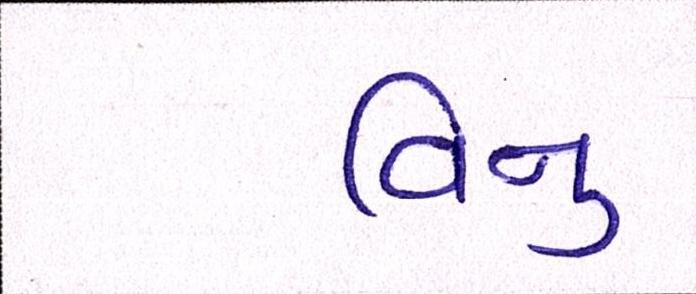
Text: વિનુ